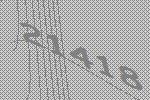
21418